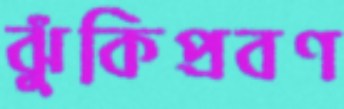
ঝুঁকিপ্রবণ